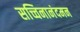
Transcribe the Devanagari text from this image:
सच्चिनानंदमन